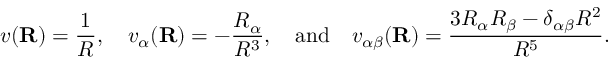
v ( \mathbf { R } ) = { \frac { 1 } { R } } , \quad v _ { \alpha } ( \mathbf { R } ) = - { \frac { R _ { \alpha } } { R ^ { 3 } } } , \quad { \mathrm { a n d } } \quad v _ { \alpha \beta } ( \mathbf { R } ) = { \frac { 3 R _ { \alpha } R _ { \beta } - \delta _ { \alpha \beta } R ^ { 2 } } { R ^ { 5 } } } .